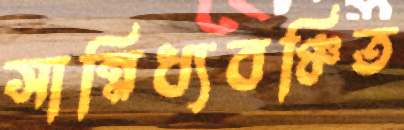
সান্নিধ্যবঞ্চিত